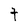
Character: t